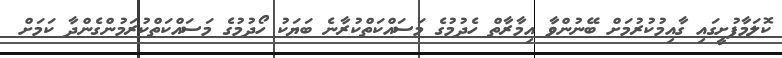
ކޮލަމާފުށީގައި ގާއިމުކުރުމަށް ބޭނުންވާ އިމާރާތް ހެދުމުގެ މަސައްކަތްކުރާނެ ބަޔަކު ހޯދުމުގެ މަސައްކަތްކުރަމުންގެންދާ ކަމަށް